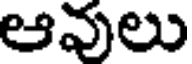
ఆవులు